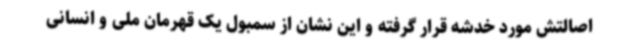
اصالتش مورد خدشه قرار گرفته و این نشان از سمبول یک قهرمان ملی و انسانی